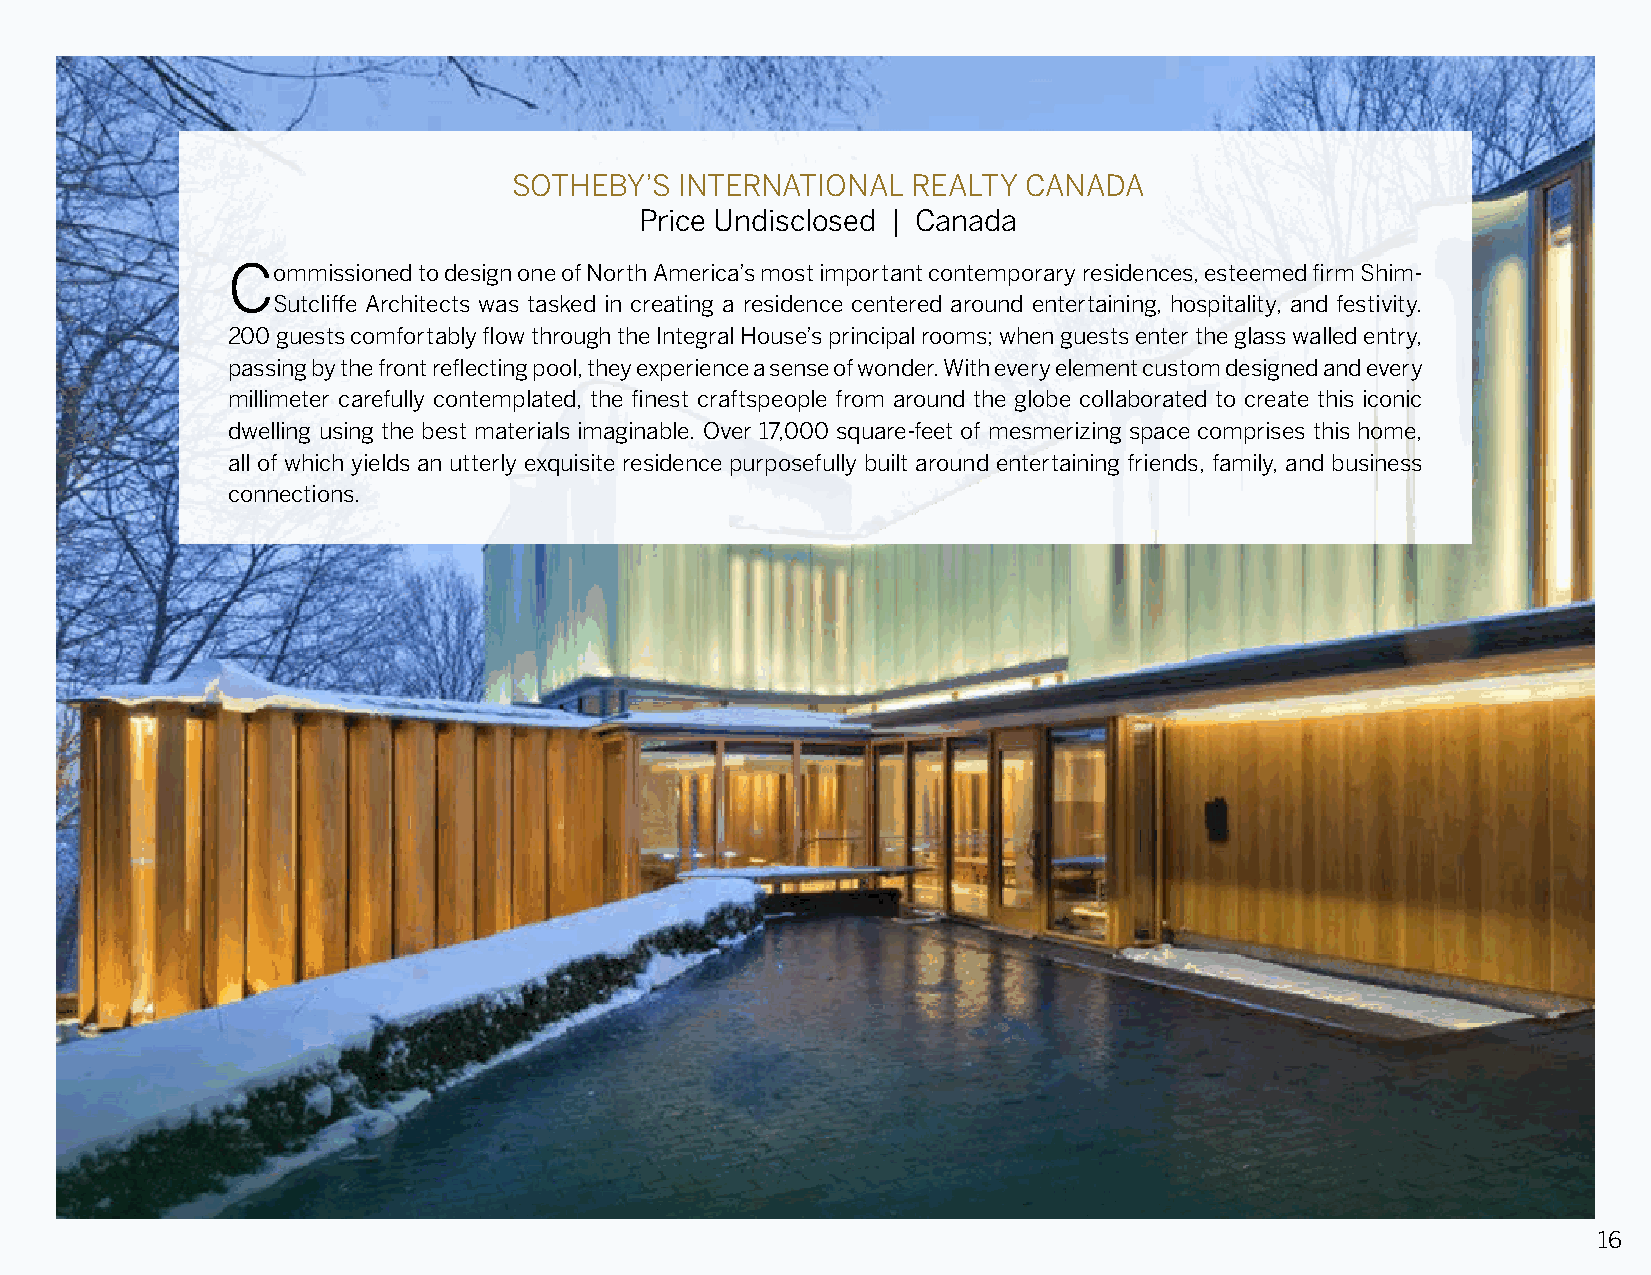
SOTHEBY’S  INTERNATIONAL  REALTY  CANADA
 Price Undisclosed | Canada
 Commissioned to design one of North America’s most important contemporary residences, esteemed firm Shim-
 Sutcliffe Architects was tasked in creating a residence centered around entertaining, hospitality, and festivity.
 200 guests comfortably flow through the Integral House’s principal rooms; when guests enter the glass walled entry,
 passing by the front reflecting pool, they experience a sense of wonder. With every element custom designed and every
 millimeter carefully contemplated, the finest craftspeople from around the globe collaborated to create this iconic
 dwelling using the best materials imaginable. Over 17,000 square-feet of mesmerizing space comprises this home,
 all of which yields an utterly exquisite residence purposefully built around entertaining friends, family, and business
 connections.
 16